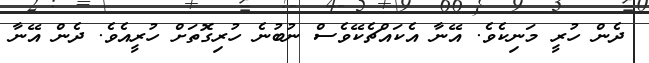
ދެން ހުރީ މަނިކެވެ. އޭނާ އެކައްޗެކޭވެސް ނުބުނެ ހުރިގޮތަށް ހުރީއެވެ. ދެން އޭނާ